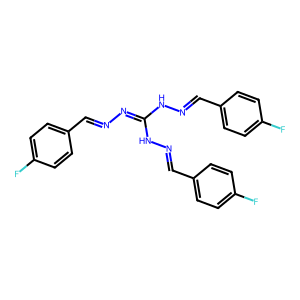
SMILES: Fc1ccc(C=NN=C(NN=Cc2ccc(F)cc2)NN=Cc2ccc(F)cc2)cc1
Inhibits HIV replication: No